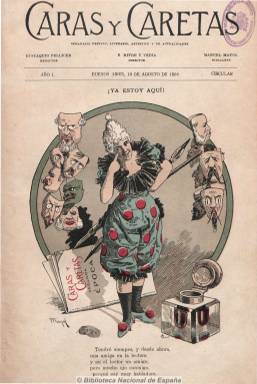
Título: Caras y caretas (Buenos Aires)
Colección: Revistas de información general
Ámbito geográfico: Argentina
Lugar de publicación: Buenos Aires
Fechas: 08/10/1898-

Subtitulado como “semanario festivo, literario, artístico y de actualidades”, es la reaparición en Argentina del título que el emigrado español Eustaquio Pellicer fundara en Montevideo en 1890. A este periodista y escritor, que aparece aquí como redactor, le acompañan en esta nueva fundación periodística otro compatriota, el dibujante Manuel Mayol, que utiliza el seudónimo “Heráclito”,  y Luis Pardo. Como director aparecerá Bartolomé Mitre y Vedia, que pronto será sustituido por José Sixto Álvarez, conocido con el seudónimo Fray Mocho.

Como su antecesora, la publicación porteña continuará dedicando toda su primera página a una gran caricatura a color de personajes de la vida pública, y sus contenidos estarán divididos en secciones, algunas de ellas recuperadas de su etapa uruguaya, como “Menudencias”, y otras nuevas, como “Sinfonía”, con dibujos, viñetas y textos en prosa y verso sobre cuestiones políticas y sociales. También empezará a incluir fotografías y publicidad comercial.

Al fallecer Álvarez en 1903, Carlos Correa Luna asumirá la dirección de una revista que llegará a ser considerada como la pionera y representante de la madurez del humorismo político argentino, que utilizará la viñeta como arma contra la corrupción y los gráficos costumbristas como crítica de la vida cotidiana. Junto al ya citado Mayol, sus principales ilustradores serán dibujantes excepcionales como José María Cao o Eduardo Álvarez Villalobos.

La revista irá aumentando su paginación inicial de 24 páginas e incluyendo nuevos contenidos, como biografías y bibliografía, crítica y creación literaria y, sobre todo, crónicas y reportajes del mundo del espectáculo, principalmente el cinematográfico, amparado en una gran industria argentina, y de actualidad universal, dedicándole especial atención a España, hispanoamérica y a la propia Argentina. Su evolución hasta convertirse en una gran revista gráfica o magazine, sobre todo a partir de 1914, es tan espectacular, que se convierte en la publicación más leída en los ambientes urbanos tanto de Argentina como de Uruguay, Chile o Perú en la década de los treinta del siglo veinte, en paralelo al vertiginoso despegue económico argentino. Su evolución la convertirá en un valioso testimonio de la sociedad ilustrada de la época. Llegará a publicar en hojas de gran tamaño y en tirada a parte caricaturas coloreadas.

Si en un principio entre sus colaboradores se encontraban Julio Castellanos o Luis García, conforme evoluciona de revista humorística a gran magazine gráfico de actualidad, irán apareciendo textos de ilustres españoles, como Emilio Castelar, Ramón María del Valle Inclán, o Miguel de Unamuno, junto a traducciones de escritores norteamericanos o europeos (Thomas Mann, etc.), y colaborarán los más cualificados escritores hispanoaméricanos del modernismo, como Leopoldo Lugones, Horacio Quiroga, Rubén Darío, José Enrique Rodó o Roberto Payro (Jorge Luis Borges intentó publicar también en ella en 1918). A estos contenidos se unirán crónicas y reportajes de actualidad internacional, de modas, deportes o de sociedad, así como narraciones o novelas cortas. La revista abrirá sus páginas a toda una generación de periodistas y jóvenes escritores que sobresaldrán en las letras argentinas y a firmas como las de Pablo Suero, Antonio Castro Leal, Elvira Ferreira, Raúl P. Osorio, Guillermo de Loja o Sady Zañartu.

Fue una de las pocas revistas del mundo que publicó grandes y numerosos reportajes de actualidad, como la caída de la monarquía y la proclamación de la república española en 1931 o la asunción de Hitler al poder en Alemania y el inicio de la segunda guerra mundial, con un vasto material fotográfico y textos de alta calidad. Su publicidad será abundantísima, reflejo de la sociedad consumista de una Argentina próspera, y su paginación superaba en sus últimos años el centenar de páginas.

De 1898 a 1939 publicó un total de 2.139 números. Se publicó en una segunda época, entre 1951 y 1955.